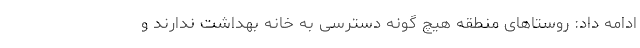
ادامه داد: روستاهای منطقه هیچ گونه دسترسی به خانه بهداشت ندارند و